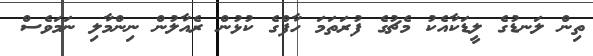
ތިން ލަނޑުގެ ލީޑަކާއެކު މެޗުގެ ފުރަތަމަ ހާފްގެ ކުޅުން ރެއާލުން ނިންމާލި ނަމަވެސް